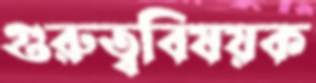
গুরুত্ববিষয়ক